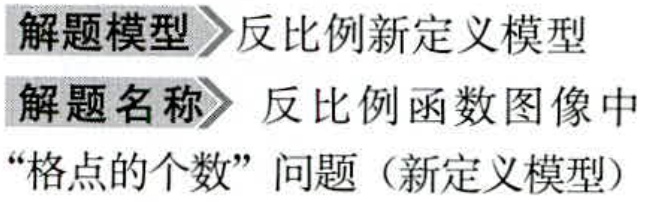
解题模型 反比例新定义模型
解题名称 反比例函数图像中
“格点的个数”问题（新定义模型）